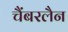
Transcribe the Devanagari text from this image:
चैंबरलैन